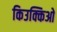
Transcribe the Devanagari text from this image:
किउक्किओ